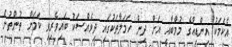
އެކަަމަކު އިންޑިއާގެ މުމްބާއީ އަށް ދިން ހަމަލާތަކުގައި ދިވެއްސަކު ބައިވެރިވި ކަމަށް ތުންތުން